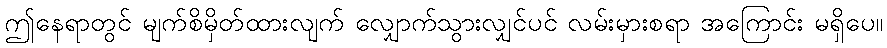
ဤနေရာတွင် မျက်စိမှိတ်ထားလျက် လျှောက်သွားလျှင်ပင် လမ်းမှားစရာ အကြောင်း မရှိပေ။